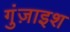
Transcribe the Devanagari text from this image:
गुंज़ाइश